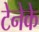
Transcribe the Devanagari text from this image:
टेनेके